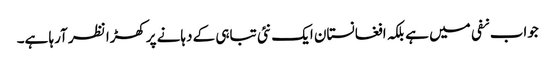
جواب نفی میں ہے بلکہ افغانستان ایک نئی تباہی کے دہانے پرکھڑا نظر آرہا ہے۔